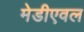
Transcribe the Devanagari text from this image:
मेडीएवल